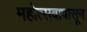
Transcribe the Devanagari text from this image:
महोत्सवापासून